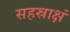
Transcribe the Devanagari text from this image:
सहस्राक्षं